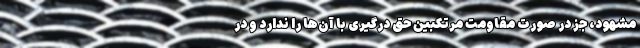
مشهود، جز در صورت مقاومت مرتکبین حق درگیری با آن‌ها را ندارد و در